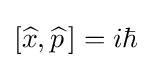
[{\widehat {x}},{\widehat {p\,}}]=i\hbar